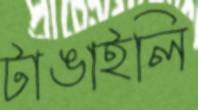
টাঙাইলি